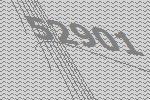
52901